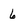
Character: 6